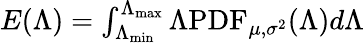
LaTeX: \begin{array}{r}{E(\Lambda)=\int_{\Lambda_{\operatorname*{min}}}^{\Lambda_{\operatorname*{max}}}\Lambda\mathrm{PDF}_{\mu,\sigma^{2}}(\Lambda)d\Lambda}\end{array}